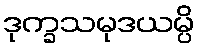
ဒုက္ခသမုဒယမ္ပိ